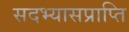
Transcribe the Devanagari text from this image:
सदभ्यासप्राप्ति